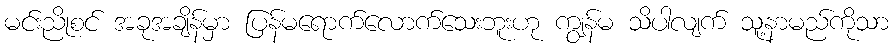
မင်းညိုစင် အခုအချိန်မှာ ပြန်မရောက်လောက်သေးဘူးဟု ကျွန်မ သိပါလျက် သူ့နာမည်ကိုသာ